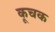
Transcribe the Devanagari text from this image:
कूचक